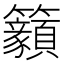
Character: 𥸊